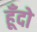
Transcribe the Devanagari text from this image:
हूँदो